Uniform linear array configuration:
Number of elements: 32
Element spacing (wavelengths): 0.75
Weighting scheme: uniform
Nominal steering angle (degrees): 30
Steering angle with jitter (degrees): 28.759
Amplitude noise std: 0.05
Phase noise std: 0.05

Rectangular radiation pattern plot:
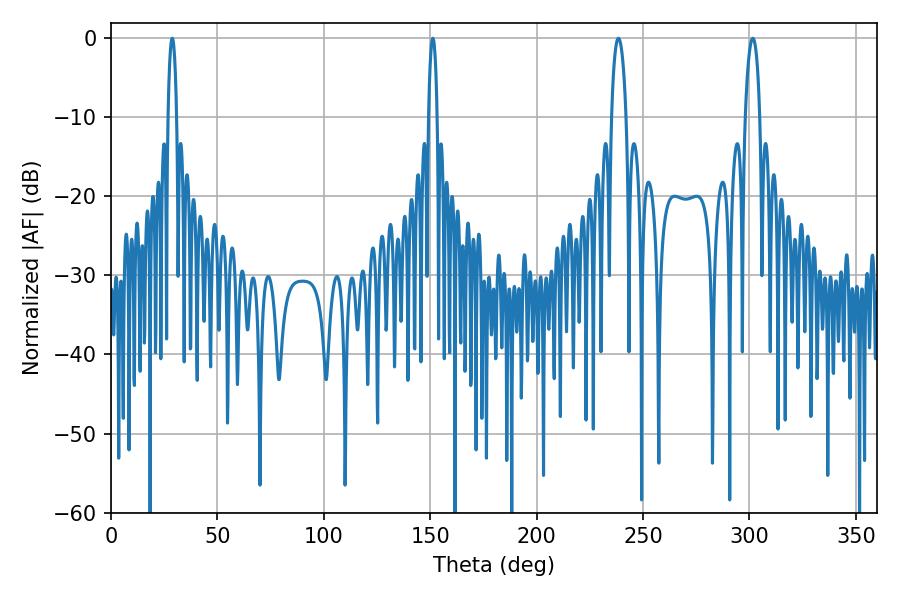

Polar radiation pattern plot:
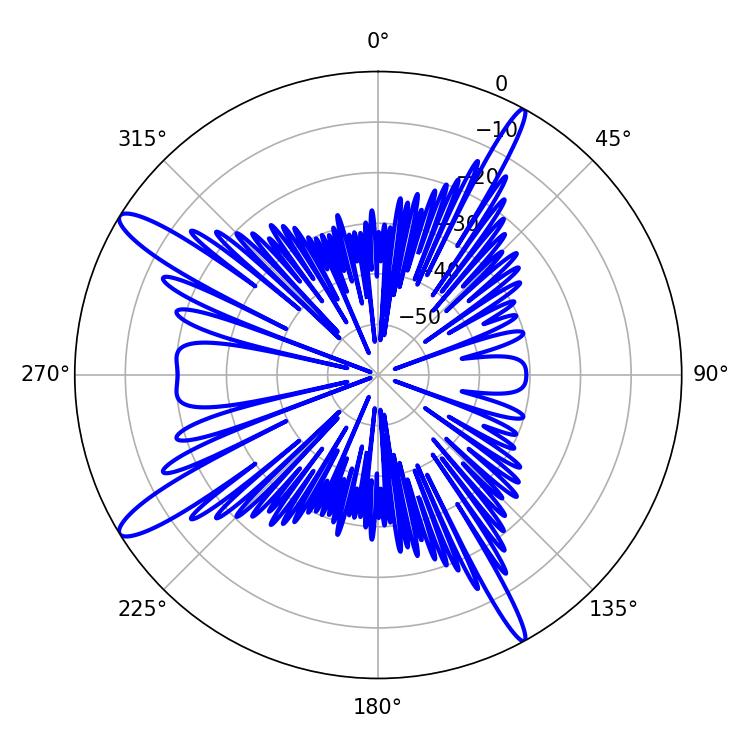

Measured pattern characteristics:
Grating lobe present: TRUE
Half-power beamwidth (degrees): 2.16
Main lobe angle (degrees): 151.2